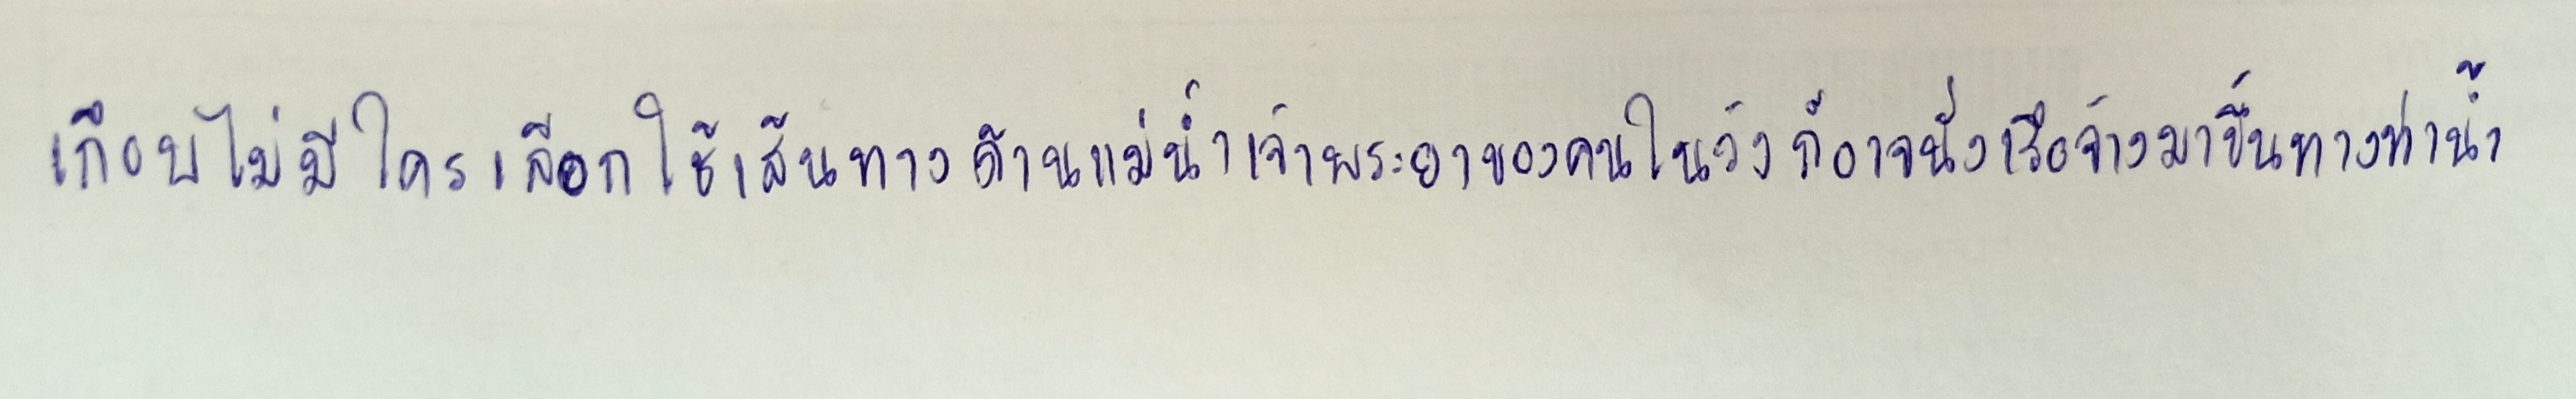
เกือบไม่มีใครเลีอกใช้เส้นทางด้านแม่น้ำเจ้าพระยาของคนในวังก็อาจนั่งเรือจ้างมาขึ้นทางท่าน้ำ